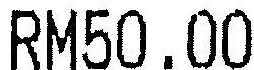
RM50.00